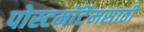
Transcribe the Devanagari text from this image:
पोस्टमॉर्टेमसाठी